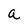
Character: a